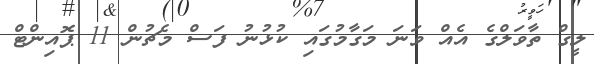
ލީގް ތާވަލްގެ އެއް ވަނަ މަގާމުގައި ކުޅުނު ފަސް މެޗުން 11 ޕޮއިންޓް